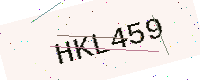
Text: HKL459